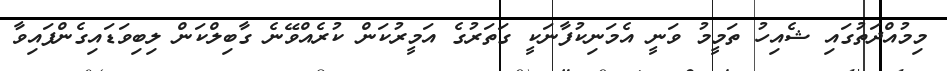
މިމުއްދަތުގައި ޝެއިހު ތަމީމު ވަނީ އެމަނިކުފާނަކީ ގަތަރުގެ އަމީރުކަން ކުރެއްވޭނެ ގާބިލްކަން ލިބިވަޑައިގެންފައިވާ